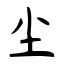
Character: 尘